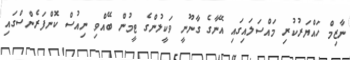
ނާޒިމް ހައްޔަރުކުރި މައްސަލައިގައި އޭނާގެ ގާނޫނީ ވަކީލުންގެ ޓީމުން ބޭއްވި ނިއުސް ކޮންފަރެންސްގައި